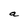
Character: a